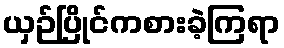
ယှဉ်ပြိုင်ကစားခဲ့ကြရာ